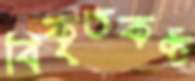
বিকৃতকণ্ঠ